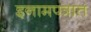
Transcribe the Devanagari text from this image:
इनामपत्रात